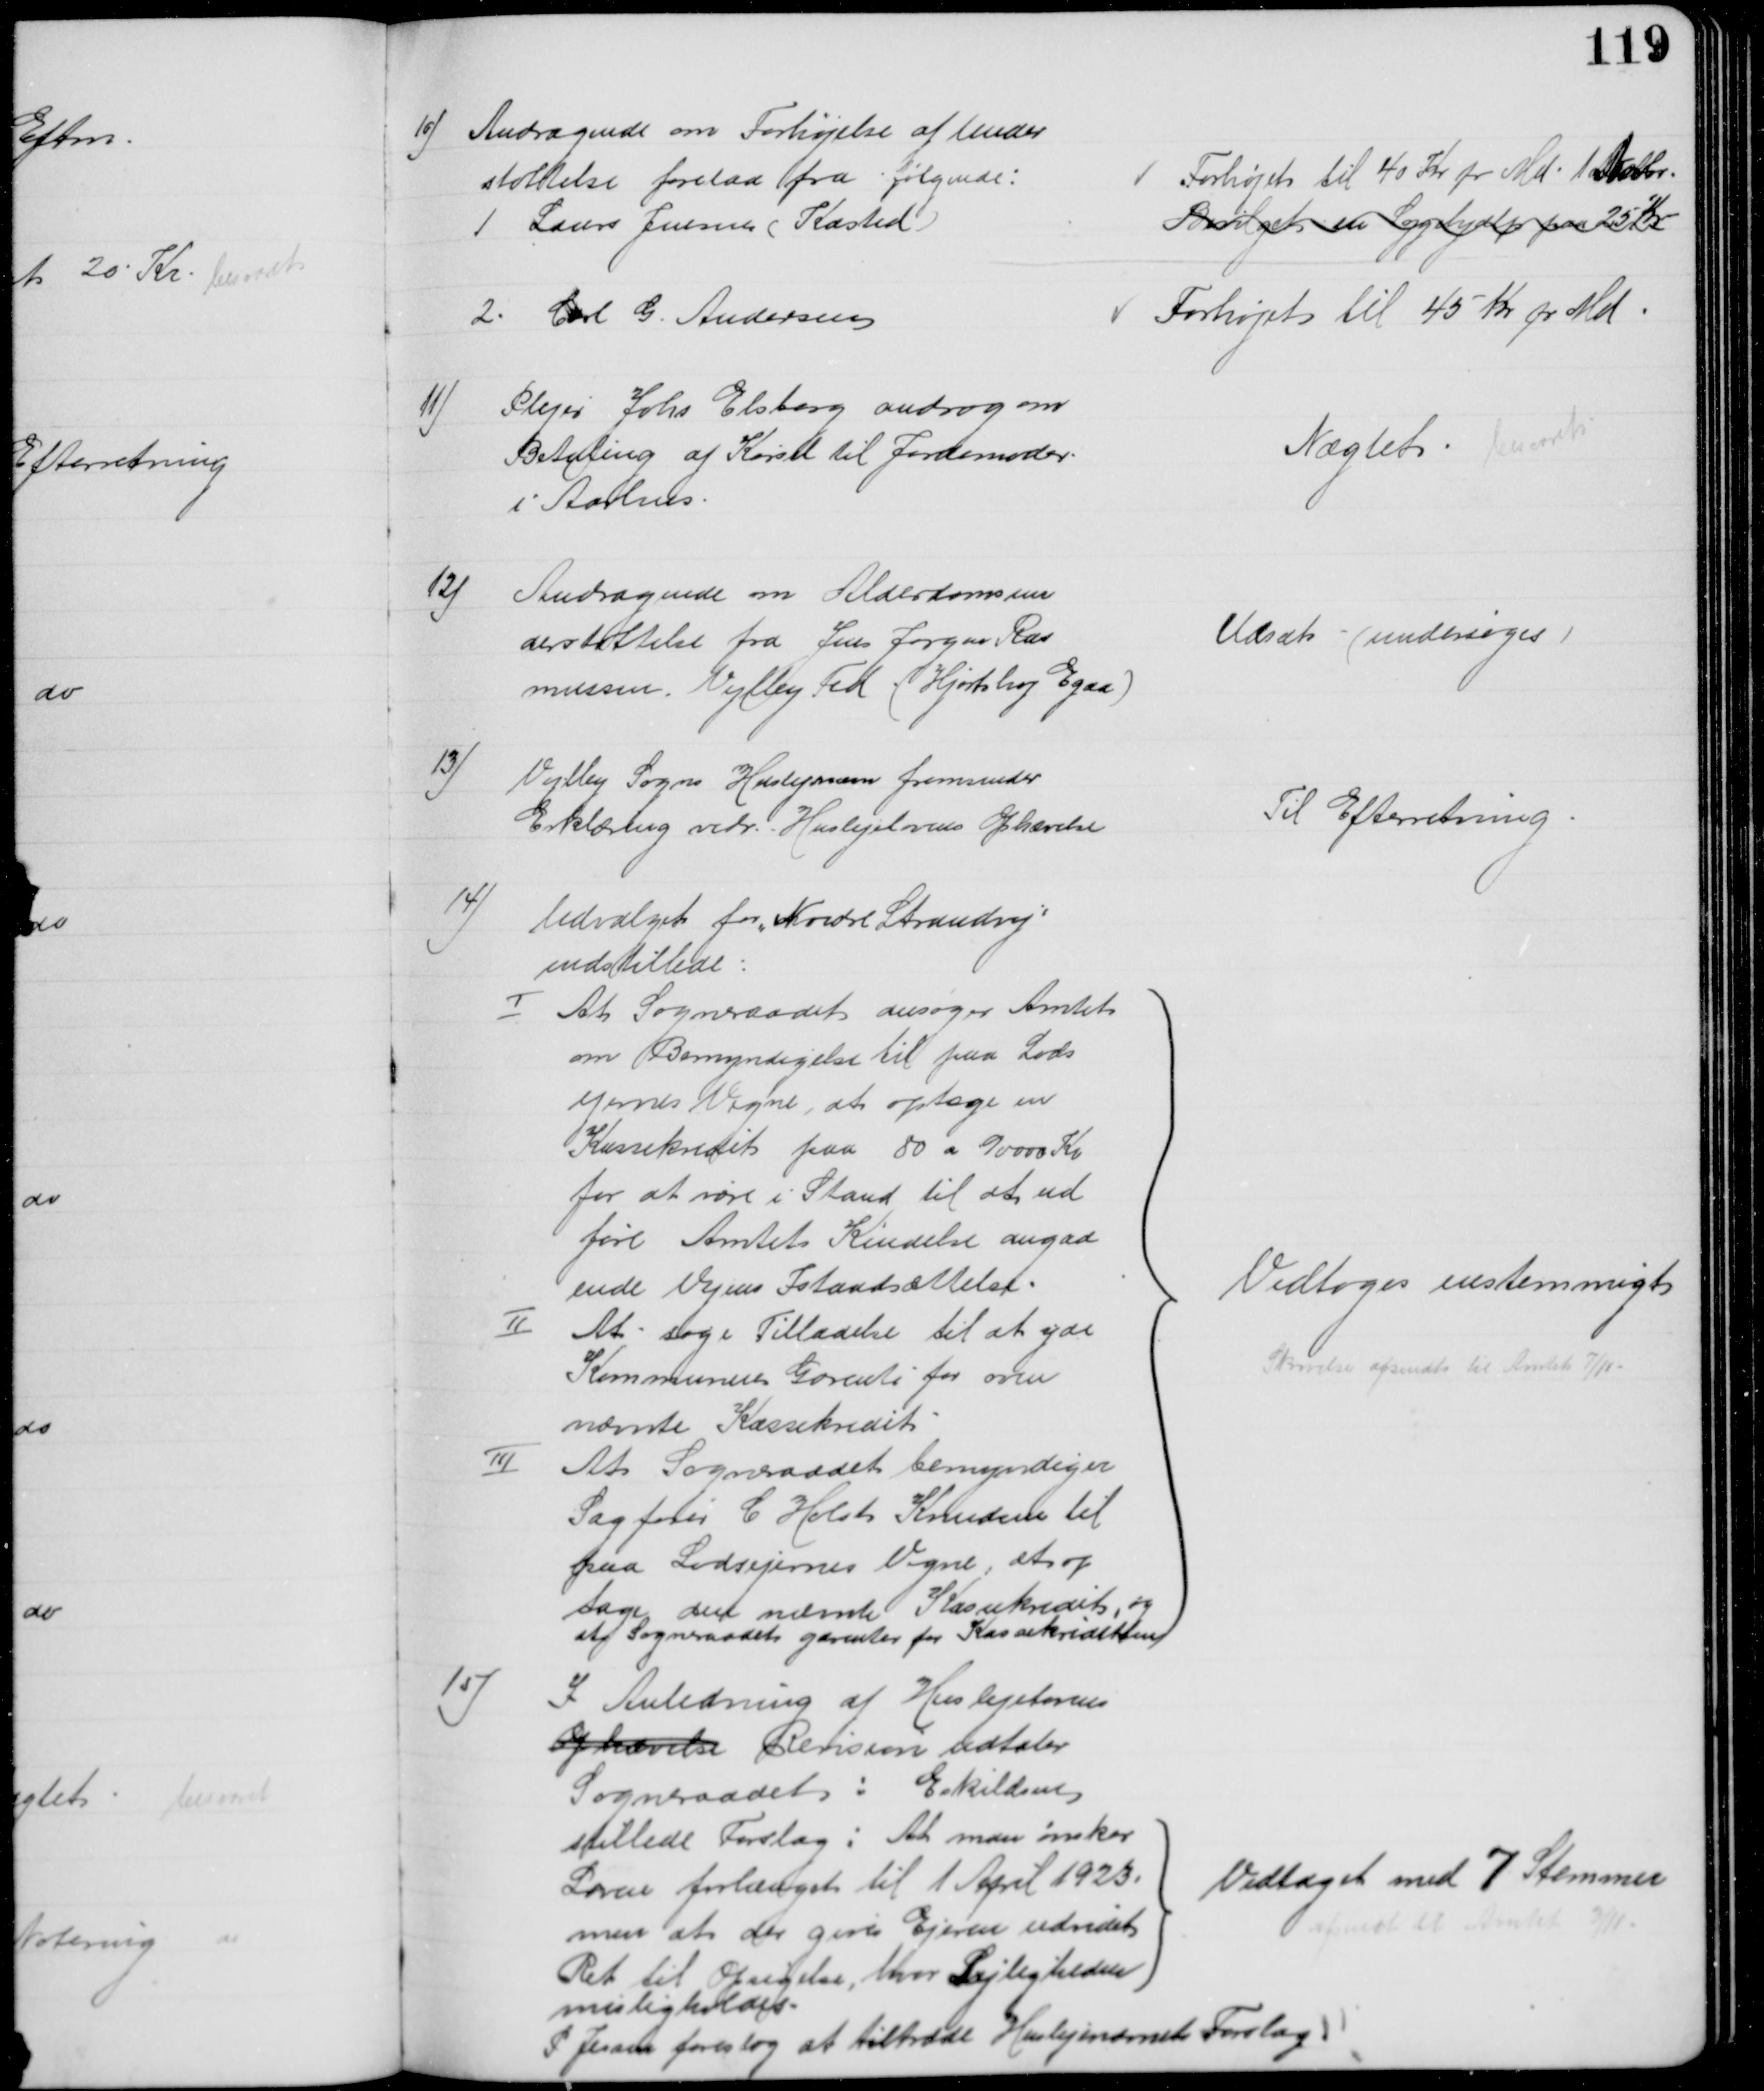
Transskription:
10) Andragende om Forhøjelse af Under
støttelse forelaa fra følgende:
1 Laurs Jensen (Kasted)
Forhøjet til 40 Kr pr Md. 1 Novbr.
Bevilget en Sygehjælp paa 25 Kr
2. Carl G. Andersen
Forhøjet til 45 Kr pr Md.
11)
Plejer Johs Elsborg androg om 
Betaling af Kørsel til Jordemoder
i Aarhus.
Nægtet
besvaret
12)
Andragende om Alderdomsun
derstøttelse fra Jens Jørgen Ras
mussen. Vejlby Fed (Hjortshøj Egaa)
Udsat - (undersøges)
13)
Vejlby Sogns Huslejenævn fremsender
Erklæring vedr. Huslejelovens Ophævelse
Til Efterretning
14)
Udvalget for „Nordre Strandvej"
indstillede:
I At Sogneraadet ansøger Amtet
om Bemyndigelse til paa Lods
ejernes Vegne, at optage en
Kassekredit paa 80 a 90000 Kr
for at være i Stand til at ud
føre Amtets Kendelse angaa
ende Vejens Istandsættelse.
II
At søge Tilladelse til at yde
Kommunen Garenti for oven
nævnte Kassekredit
III
At Sogneraadet bemyndiger
Sagfører C Holst Knudsen til
paa Lodsejernes Vegne, at op
tage den nævnte Kassekredit, og
at Sogneraadet garenter for Kassekreditten
Vedtoges enstemmigt
Skrivelse afsendte til Amtet 7/11
15)
I Anledning af Huslejelovens
Ophævelse Revision udtaler
Sogneraadet: Eskildsen
stillede Forslag: At man ønsker
Loven forlænget til 1 April 1923,
men at der gives Ejeren udvidet
Ret til Opsigelse, hvor Lejligheden
misligholdes.
P. Jessen foreslog at tiltræde Huslejenævnets Forslag
Vedtaget med 7 Stemmer
afsendt til Amtet 3/11.